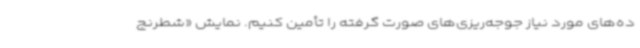
ده‌های مورد نیاز جوجه‌ریزی‌های صورت گرفته را تأمین کنیم. نمایش «شطرنج